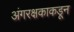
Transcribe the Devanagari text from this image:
अंगरक्षकाकडून